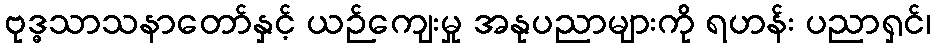
ဗုဒ္ဓသာသနာတော်နှင့် ယဉ်ကျေးမှု အနုပညာများကို ရဟန်း ပညာရှင်၊